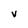
Character: v